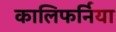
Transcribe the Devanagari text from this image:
कालिफर्निया